Annual report on the working of the lock hospitals in the North-Western Provinces and Oudh
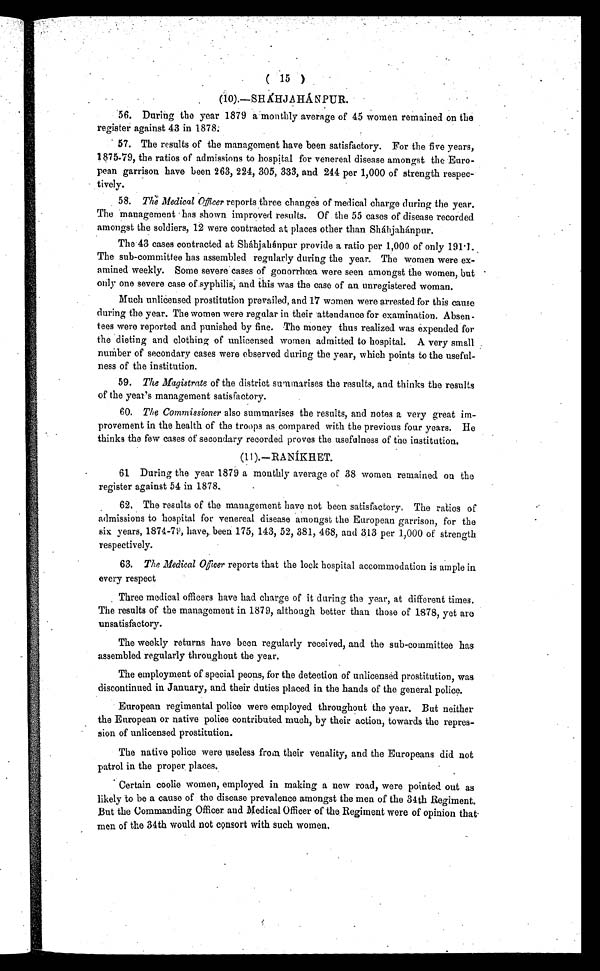
(
15)
(10).—S HAHJHANPUR.
56. During the year 1879 a, monthly average of 45 women remained on the
register against 43 in 1878:
• 57. The results of the management have been satisfactory. For the five years,
1875.79, the ratios of admissions to hospital for venereal disease amongst the Euro-
pean garrison have been 263, 224, 305, 333, and 244 per 1,000 of strength respec-
tively.
58. The Medical Officer reports three changes of medical charge during the year.
The *management has shown improved results. Of the 55 cases of disease recorded
amongst the soldiers, 12 were contracted at places other than Sháhjahinpur.
The 43 eases contracted at Shàhjahánpur provide a ratio per 1,000 of only 1911..
The sub-committee has assembled regularly during the year. The women were ex-
amined weekly. Some severe cases of gonorrhoea wore seen amongst the women, but
only one severe case of syphilis; and this was the case of an unregistered woman.
Much unlicensed prostitution prevailed, and 17 women were arrested for this cause
during the year. The women were regular in their attendance for examination. Absen-
tees were reported and punished by fine. The money thus realized was expended for
the dieting and clothing of unlicensed women admitted to hospital. A very small ..
number of secondary cases were observed during the year, which points to the useful-
ness of the institution.
59. The Magistrate of the district summarises the results, and thinks the results
of the year's management satisfactory.
60. The Commissioner also summarises the results, and notes a very great im-
provement in the health of the troops as compared with the previous four years. He
thinks the few cases of secondary recorded proves the usefulness of the institution.
(11).—RANIKHET.
61 During the year 1879 a monthly average of 38 women remained on the
register against 54 in 1878.
.
62. The results of the management have not been satisfactory, The ratios of
admissions to hospital for venereal disease amongst the European garrison, for the
six years, 1874-79, have,. been 175, 143, 52, 381, 468, and 3 13 per 1,000 of strength
respectively.
63. The Medical Officer reports that the lock hospital accommodation is ample in
every respect
Three medical officers have had charge of it during the year, at different times.
The results of the management in 1879, although better than those of 1878, yet are
unsatisfactory.
The weekly returns have been regularly received, and the sub-committee has
assembled regularly throughout the year.
The employment of special peons, for the detection of unlicensed prostitution, was
discontinued in January, and their duties placed in the hands of the general police.
European regimental police were employed throughout the year. But neither
the European or native police contributed much, by their action, towards the repres-
sion of unlicensed prostitution.
The native police were useless from their venality, and the Europeans did not
patrol in the proper places.
Certain coolie women, employed in making a new road, were pointed out as
likely to be a cause of the disease prevalence amongst the men of the 34th Regiment.
But the Commanding Officer and Medical Officer of the. Regiment were of opinion
t h a t m e n o f t h e 3 4 t h w o u l d n o t c o n s o r t w i t h s u c h w o m e n ,